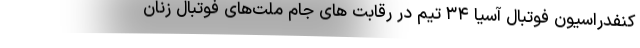
کنفدراسیون فوتبال آسیا ۳۴ تیم در رقابت های جام ملت‌های فوتبال زنان